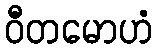
ဝီတမောဟံ